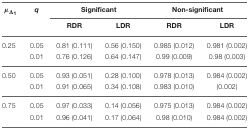
| μΔ1 | q | <COLSPAN=2> Significant | <COLSPAN=2> Non-significant |
 |  |  | RDR | LDR | RDR | LDR |
 | --- | --- | --- | --- | --- | --- |
 | 0.25 | 0.05 | 0.81 (0.111) | 0.56 (0.150) | 0.985 (0.012) | 0.981 (0.002) |
 |  | 0.01 | 0.76 (0.126) | 0.64 (0.147) | 0.99 (0.009) | 0.98 (0.003) |
 | 0.50 | 0.05 | 0.93 (0.051) | 0.28 (0.100) | 0.978 (0.013) | 0.984 (0.002) |
 |  | 0.01 | 0.91 (0.065) | 0.34 (0.108) | 0.983 (0.010) | (0.002) |
 | 0.75 | 0.05 | 0.97 (0.033) | 0.14 (0.056) | 0.975 (0.013) | 0.984 (0.002) |
 |  | 0.01 | 0.96 (0.041) | 0.17 (0.064) | 0.98 (0.010) | 0.984 (0.002) |